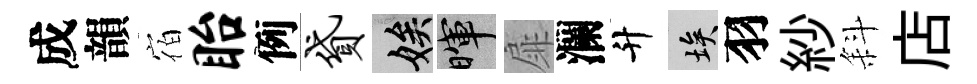
成韻宿眙例贷娭暉扉瀾升埃羽紗斜店